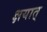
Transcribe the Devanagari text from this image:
क्षयात्